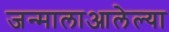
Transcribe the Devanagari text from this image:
जन्मालाआलेल्या